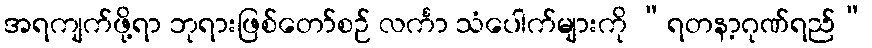
အရကျက်ဖို့ရာ ဘုရားဖြစ်တော်စဉ် လင်္ကာ သံပေါက်များကို “ရတနာ့ဂုဏ်ရည်”